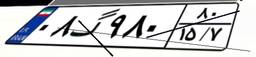
۰۸گ۹۸۰۸۰